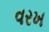
વરખ